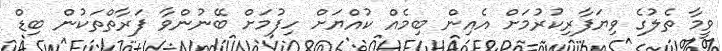
ވީމާ ތެލުގެ ވިޔަފާރިކުރުމަށް އެއިން ބިމެއް ކުއްޔަށް ހިފުމަށް ބޭނުންވާ ފަރާތްތަކުން ބިޑް